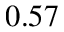
0 . 5 7